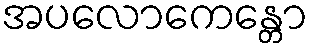
အပလောကေန္တော